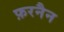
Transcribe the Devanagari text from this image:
फ़रनैन